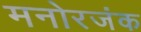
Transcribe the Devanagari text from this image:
मनोरजंक